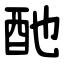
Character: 酏